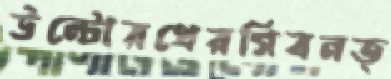
উল্টোরথেরগিবনত্